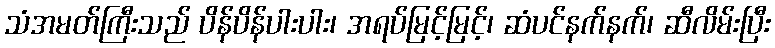
သံအမတ်ကြီးသည် ပိန်ပိန်ပါးပါး၊ အရပ်မြင့်မြင့်၊ ဆံပင်နက်နက်၊ ဆီလိမ်းပြီး